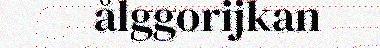
ålggorijkan